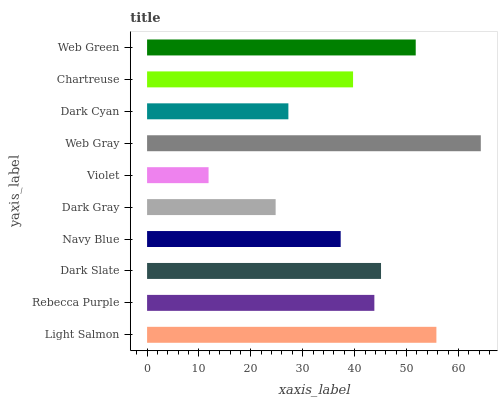
| yaxis_label | bars |
 | --- | --- |
 | Light Salmon | 55.8 |
 | Rebecca Purple | 43.8 |
 | Dark Slate | 45.1 |
 | Navy Blue | 37.3 |
 | Dark Gray | 24.8 |
 | Violet | 11.9 |
 | Web Gray | 64.3 |
 | Dark Cyan | 27.2 |
 | Chartreuse | 39.7 |
 | Web Green | 51.8 |